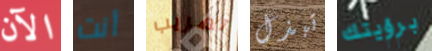
الآن أنت تهريب تبذل برؤيتك